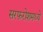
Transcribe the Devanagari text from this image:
सरफरोशमध्ये